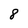
Character: 8